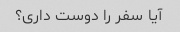
آیا سفر را دوست داری؟